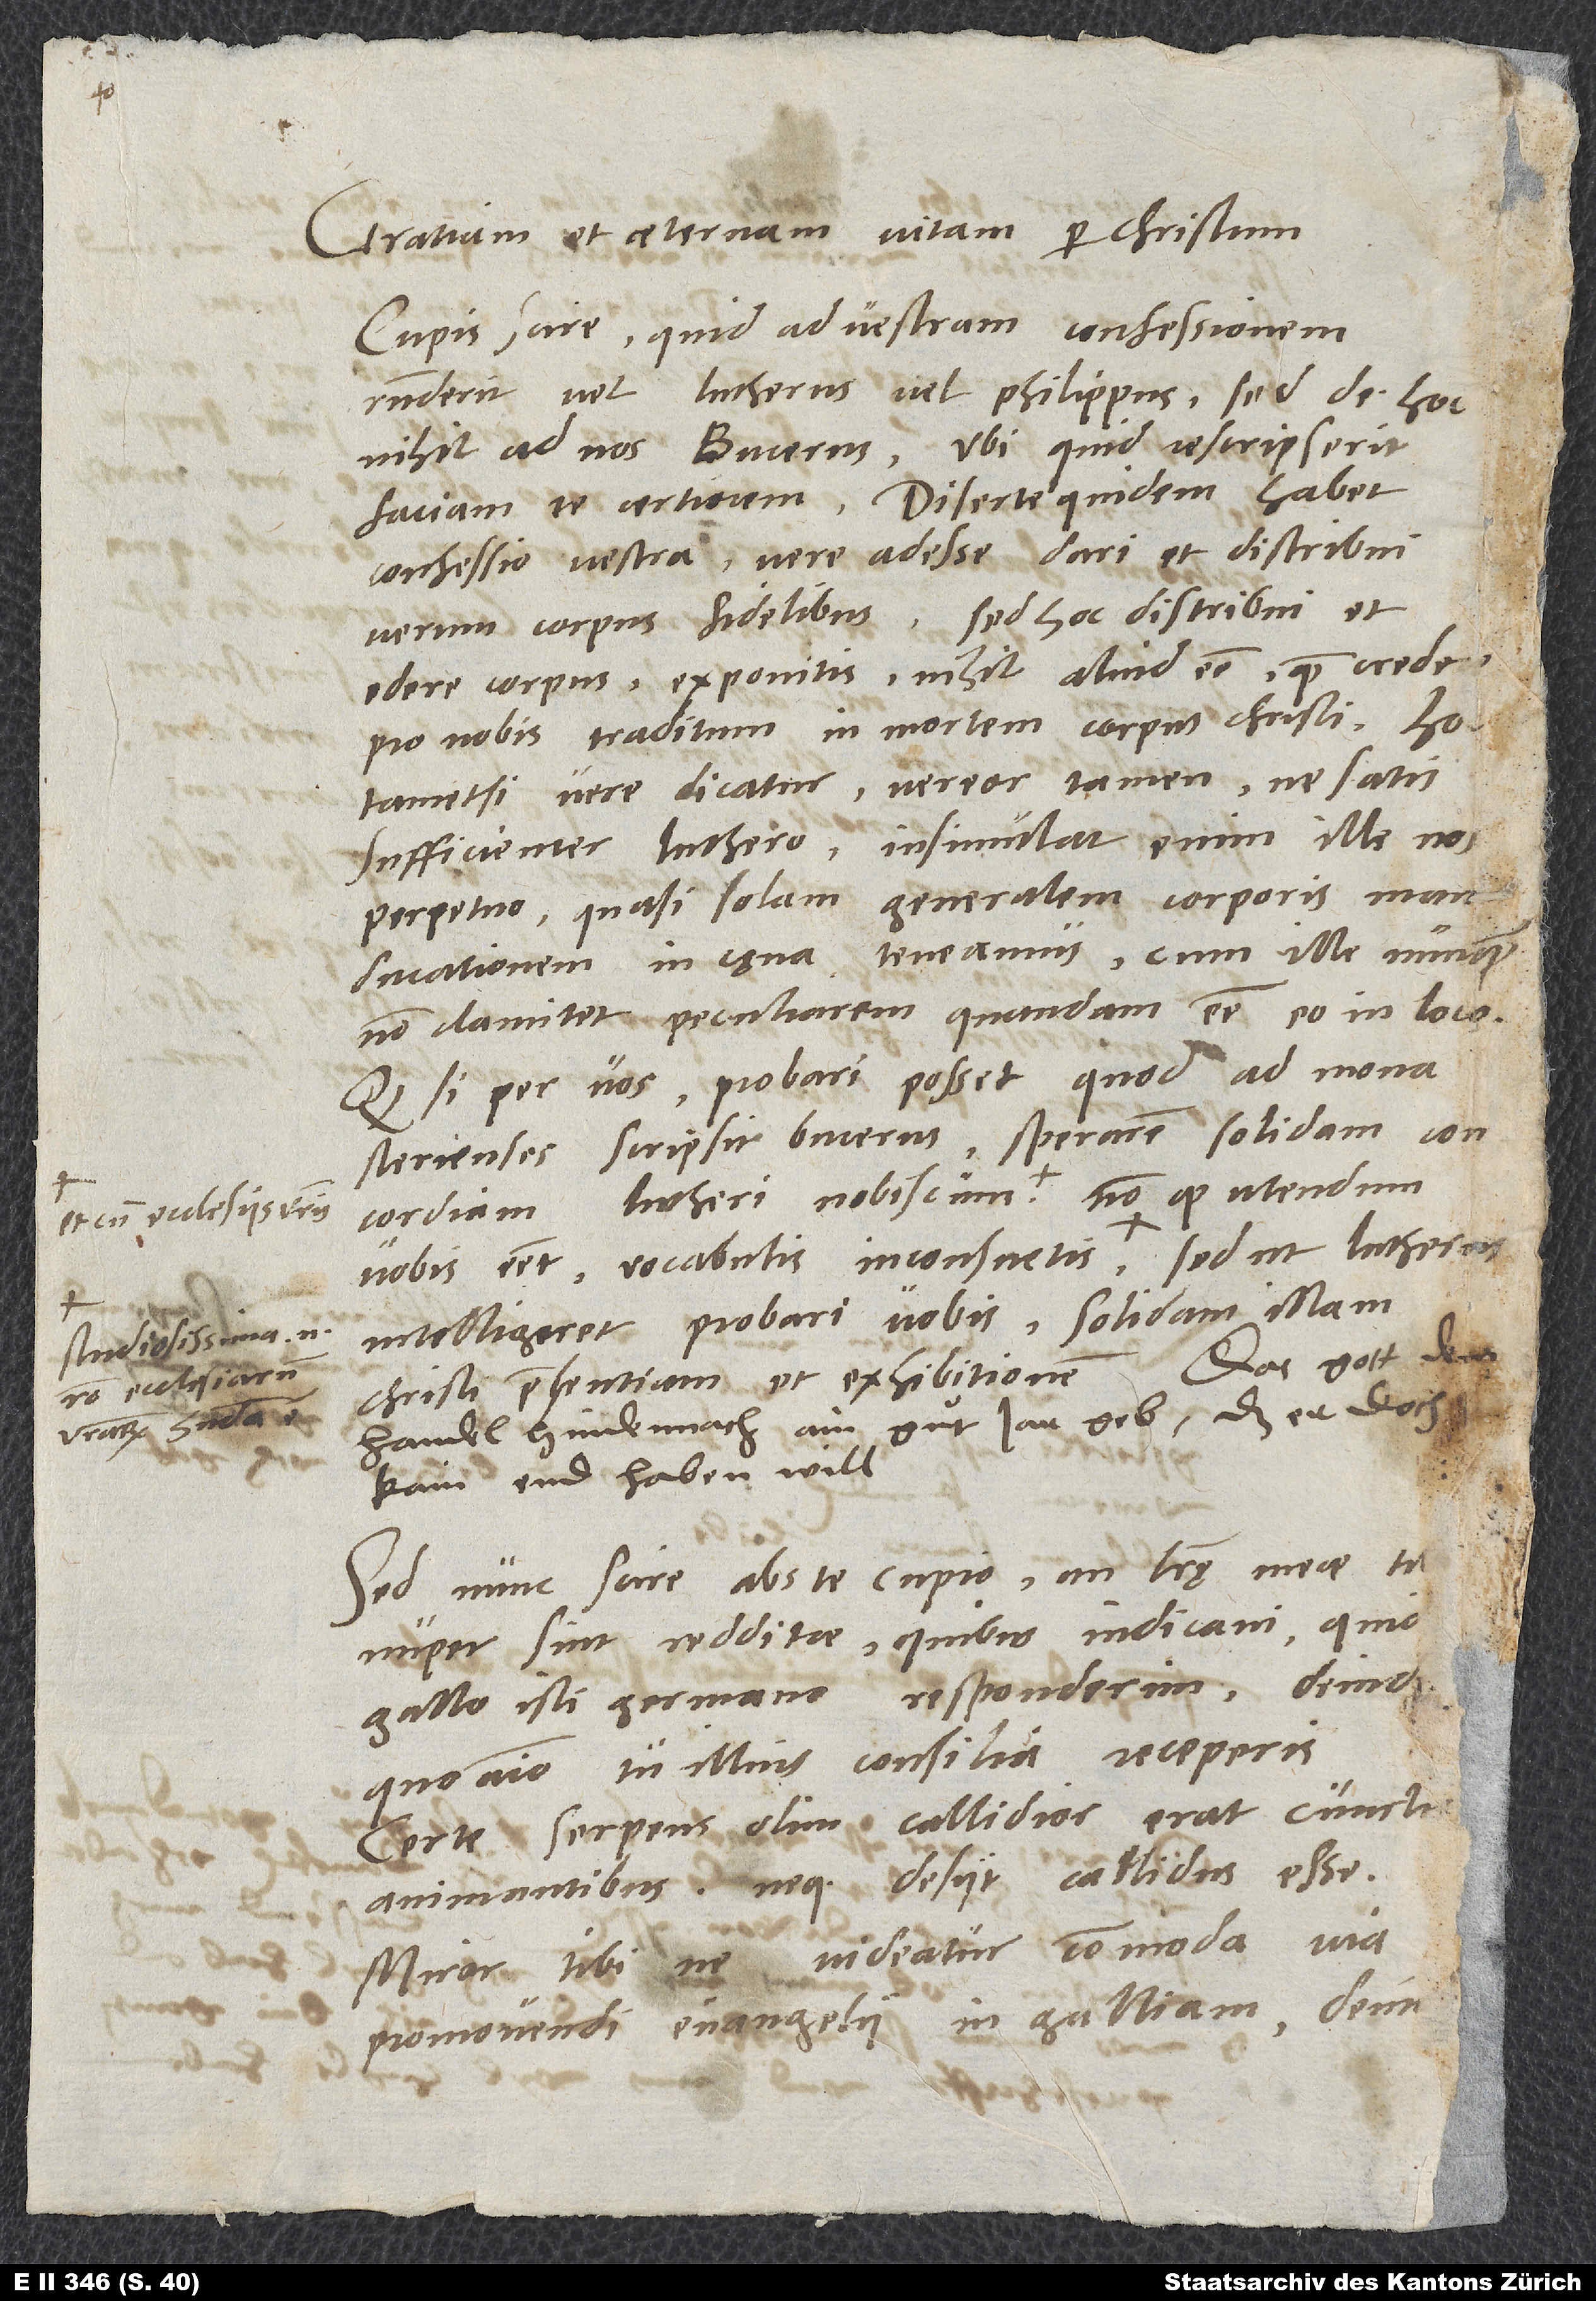
et cum ecclesiis vestris.
ecclesiarum

Gratiam et aeternam vitam per Christum.
Cupis scire, quid ad vestram confessionem
respondent vel Lutherus vel Philippus, sed de hoc
nihil ad nos Bucerus. Ubi quid rescripserit,
faciam te certiorem. Diserte quidem habet
confessio vestra "vere adesse, dari et distribui
verum corpus fidelibus", sed hoc "distribui et
edere corpus" exponitis "nihil aliud esse, quam credere
pro nobis traditum in mortem corpus Christi." Hoc
tametsi vere dicatur, vereor tamen, ne satis
sufficienter Luthero. Insimulat enim ille nos
perpetuo, quasi solam generalem corporis manducationem
non clamitet peculiarem quandam esse eo in loco.
Quodsi per vos probari posset, quod ad Monastenenses
scripsit Bucerus, sperarem solidam concordiam
intelligeret probari vobis solidam illam
Christi praesentiam et exhibitionem. Das gott dem
handel hindennach ain guͦt jar geb., daß er doch
kain end haben will.
Sed nunc scire abs te cupio, an literę meae tibi
nuper sint redditae, quibus indicavi, quid
Gallo isti Germano responderim, deinde
quo animo tu illius consilia receperis.
Certe serpens olim callidior erat cunctis
animantibus neque desiit callidus esse.
Miror, tibine videatur commoda via
promovendi evangelii in Galliam, deinde